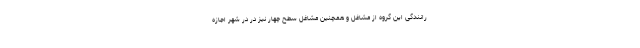
رانندگی این گروه از مشاغل و همچنین مشاغل سطح چهار نیز در در شهر اجازه